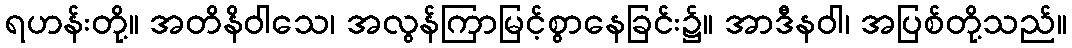
ရဟန်းတို့။ အတိနိဝါသေ၊ အလွန်ကြာမြင့်စွာနေခြင်း၌။ အာဒီနဝါ၊ အပြစ်တို့သည်။